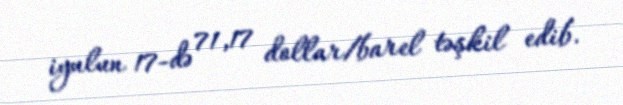
iyulun 17-də 71,17 dollar/barel təşkil edib.